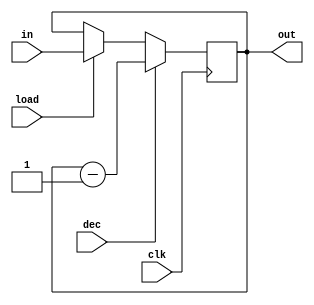
//Defining DownCounter
module downcounter(out, in, load, dec, clk);
	input[15:0] in;
	input load, dec, clk;
	output reg[15:0] out;

	always @(posedge clk) begin
		if (dec)
			out <= out - 1;
		else if (load)
			out <= in;
	end
endmodule